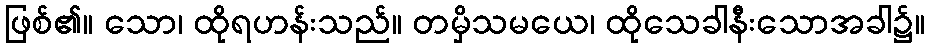
ဖြစ်၏။ သော၊ ထိုရဟန်းသည်။ တမှိသမယေ၊ ထိုသေခါနီးသောအခါ၌။